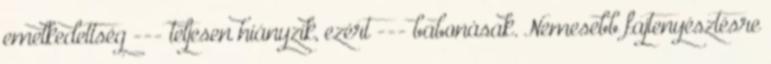
emelkedettség --- teljesen hiányzik, ezért --- babonásak. Nemesebb fajtenyésztésre